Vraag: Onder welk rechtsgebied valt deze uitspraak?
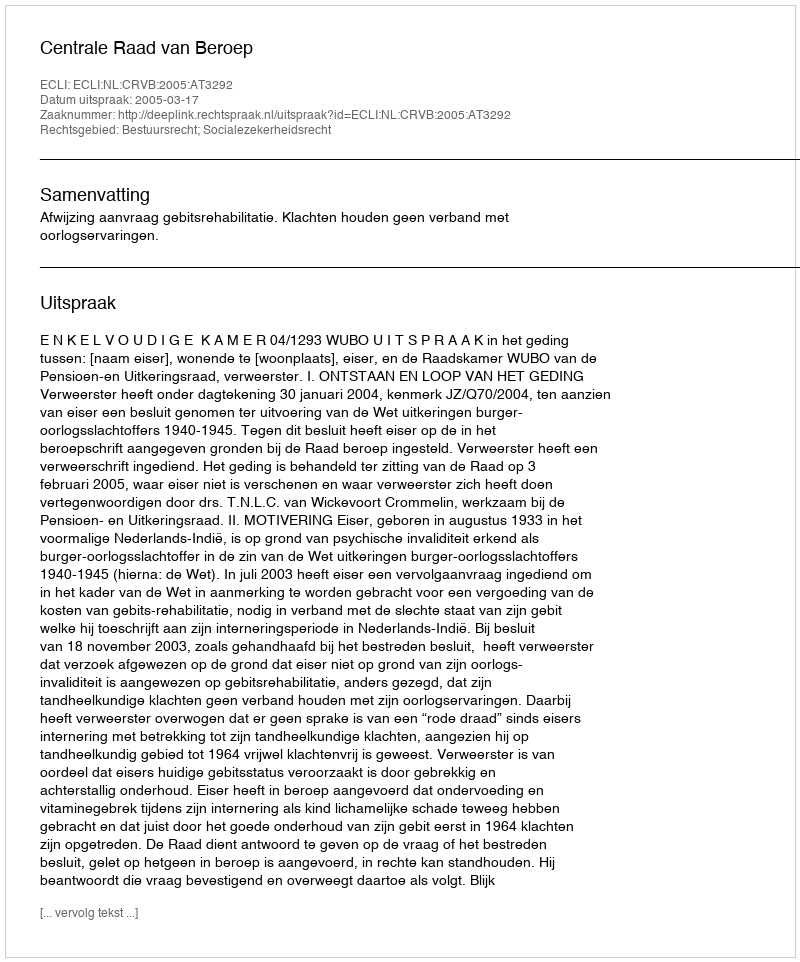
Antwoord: Bestuursrecht; Socialezekerheidsrecht